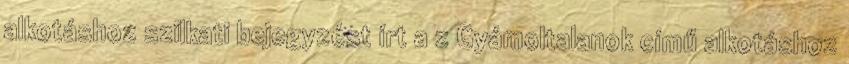
alkotáshoz szilkati bejegyzést írt a z Gyámoltalanok című alkotáshoz